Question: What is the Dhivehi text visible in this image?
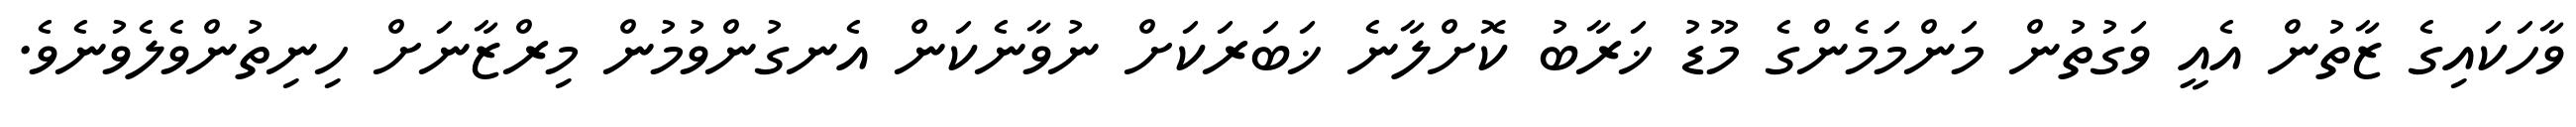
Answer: ވާހަކައިގެ ޒާތުން އެއީ ވަގުތުން މަންމަމެންގެ މޫޑު ޚަރާބު ކޮށްލާނެ ޚަބަރަކަށް ނުވާނެކަން އެނގުންވުމުން މިރްޒާނަށް ހިނިތުންވެލެވުނެވެ.